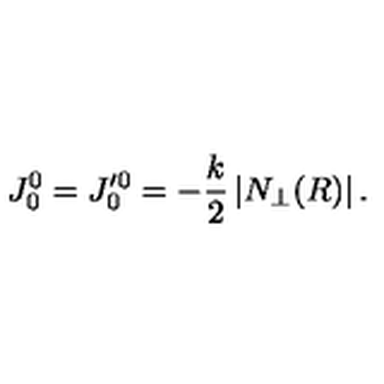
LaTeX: J _ { 0 } ^ { 0 } = J _ { 0 } ^ { \prime 0 } = - \frac { k } { 2 } \left| N _ { \perp } ( R ) \right| .